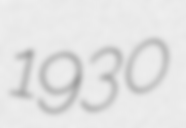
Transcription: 1930